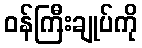
ဝန်ကြီးချုပ်ကို